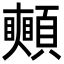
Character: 𩕦